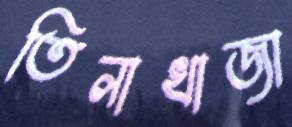
তিলাখাজা